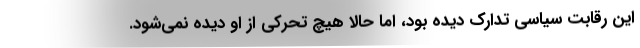
این رقابت سیاسی تدارک دیده بود، اما حالا هیچ تحرکی از او دیده نمی‌شود.